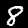
Digit: 8